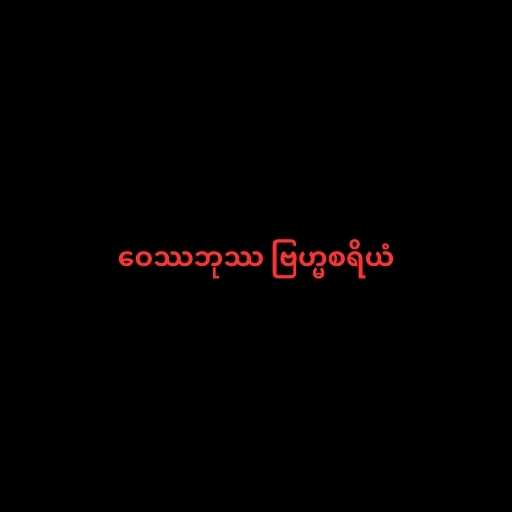
ဝေဿဘုဿ ဗြဟ္မစရိယံ